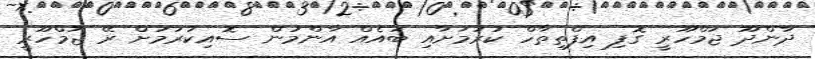
ދާންދޫ ޖުމްހޫރީ ގޮފި އިފްތިތާހް ކުރުމަށާއި ބައެއް އާންމުން ސޮއިކުރުމަށް ރޭ ޖުމްހޫރީ